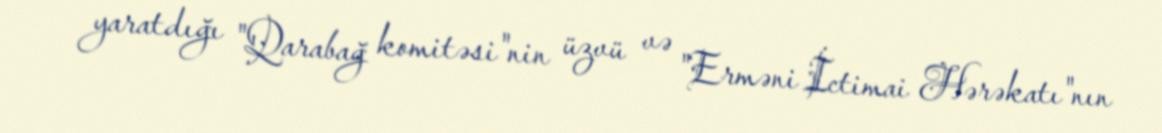
yaratdığı "Qarabağ komitəsi"nin üzvü və "Erməni İctimai Hərəkatı"nın